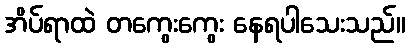
အိပ်ရာထဲ တကွေးကွေး နေရပါသေးသည်။